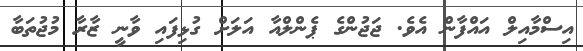
އިސްމާއިލް އައްފާން އެވެ. ޖަޖުންގެ ޕެންލްއާ އަލަށް ގުޅިފައި ވާނީ ޒާރާ މުޖުތަބާ